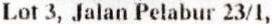
LOT 3, JALAN PELABUR 23/1,